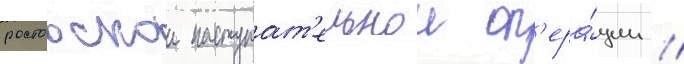
ростовскои наступат'ельнои оп'ера́ции /